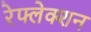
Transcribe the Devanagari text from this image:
रेफ्लेक्शन